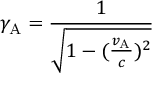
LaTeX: \gamma _ { \mathrm { A } } = { \frac { 1 } { \sqrt { 1 - ( { \frac { v _ { \mathrm { A } } } { c } } ) ^ { 2 } } } }